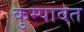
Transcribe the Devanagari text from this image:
कुम्पावत